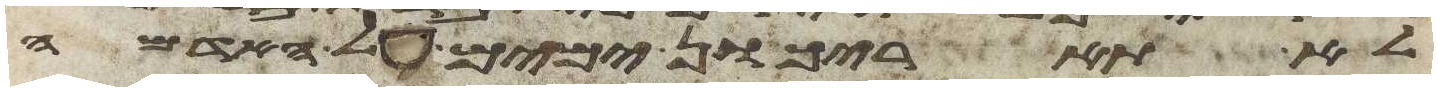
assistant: לא תאריכון ימים על האדמה